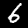
Digit: 6